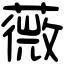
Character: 薇